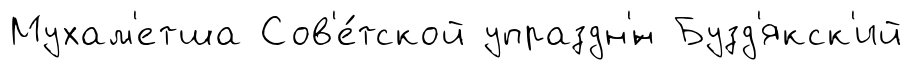
Мухам'етша Сов'е́тской упраздн'́н Бузд'якск'ий